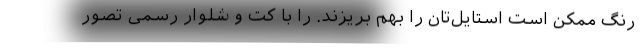
رنگ ممکن است استایل‌تان را بهم بریزند. را با کت و شلوار رسمی تصور